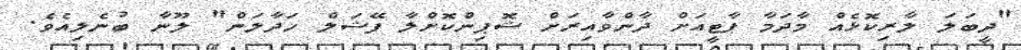
"ދީބަލަ ލާރިކޮޅެއް މާދަމާ ޕާޓީއަށް ދާންވާއިރަށް ޝޮޕިންކޮށްލާ ފޭޝަލް ހަދާލަން" ލޫނާ ބުނެލިއެވެ.